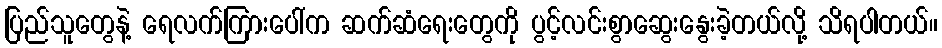
ပြည်သူတွေနဲ့ ရေလက်ကြားပေါ်က ဆက်ဆံရေးတွေကို ပွင့်လင်းစွာဆွေးနွေးခဲ့တယ်လို့ သိရပါတယ်။